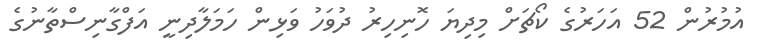
އުމުރުން 52 އަހަރުގެ ކޯޗަށް މިދިޔަ ހޮނިހިރު ދުވަހު ވަޅިން ހަމަލާދިނީ އަފްގާނިސްތާނުގެ